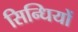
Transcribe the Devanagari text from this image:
सिन्धियों